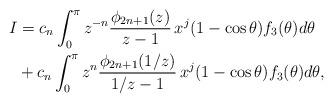
LaTeX: \begin{align*}I&=c_n\int^\pi_0 z^{-n}\frac{\phi_{2n+1}(z)}{z-1}\, x^j(1-\cos\theta)f_3(\theta)d\theta\\&+c_n\int^\pi_0 z^n\frac{\phi_{2n+1}(1/z)}{1/z-1} \, x^j(1-\cos\theta)f_3(\theta)d\theta,\end{align*}